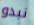
نبدو